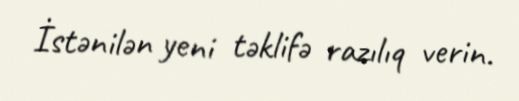
İstənilən yeni təklifə razılıq verin.